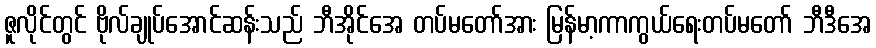
ဇူလိုင်တွင် ဗိုလ်ချုပ်အောင်ဆန်းသည် ဘီအိုင်အေ တပ်မတော်အား မြန်မာ့ကာကွယ်ရေးတပ်မတော် ဘီဒီအေ